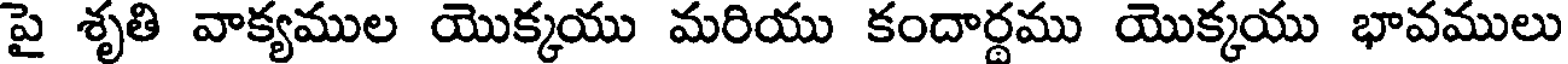
పై శృతి వాక్యముల యొక్కయు మరియు కందార్థము యొక్కయు భావములు